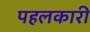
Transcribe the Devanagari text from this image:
पहलकारी